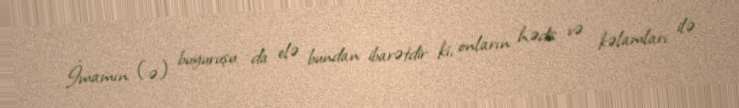
İmamın (ə) buyuruşu da elə bundan ibarətdir ki, onların hədis və kəlamları ilə